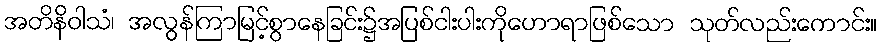
အတိနိဝါသံ၊ အလွန်ကြာမြင့်စွာနေခြင်း၌အပြစ်ငါးပါးကိုဟောရာဖြစ်သော သုတ်လည်းကောင်း။